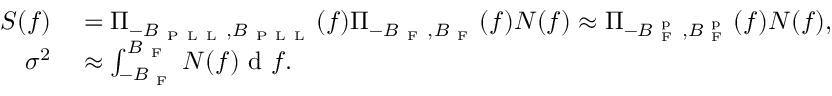
\begin{array} { r l } { S ( f ) } & { { } = \Pi _ { - B _ { \mathrm { ~ P ~ L ~ L ~ } } , B _ { \mathrm { ~ P ~ L ~ L ~ } } } ( f ) \Pi _ { - B _ { \mathrm { ~ F ~ } } , B _ { \mathrm { ~ F ~ } } } ( f ) N ( f ) \approx \Pi _ { - B _ { \mathrm { ~ F ~ } } ^ { \mathrm { ~ p ~ } } , B _ { \mathrm { ~ F ~ } } ^ { \mathrm { ~ p ~ } } } ( f ) N ( f ) , } \\ { \sigma ^ { 2 } } & { { } \approx \int _ { - B _ { \mathrm { ~ F ~ } } } ^ { B _ { \mathrm { ~ F ~ } } } N ( f ) \mathrm { ~ d ~ } f . } \end{array}